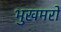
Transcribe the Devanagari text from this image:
भुखमरों